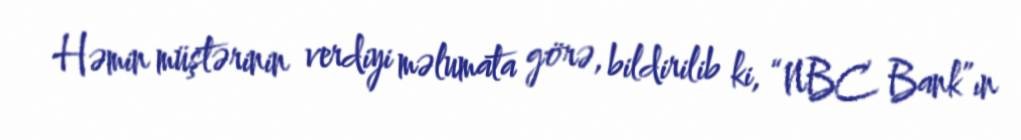
Həmin müştərinin verdiyi məlumata görə, bildirilib ki, “NBC Bank”ın